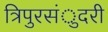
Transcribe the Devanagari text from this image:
त्रिपुरसंुदरी